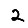
Digit: 2